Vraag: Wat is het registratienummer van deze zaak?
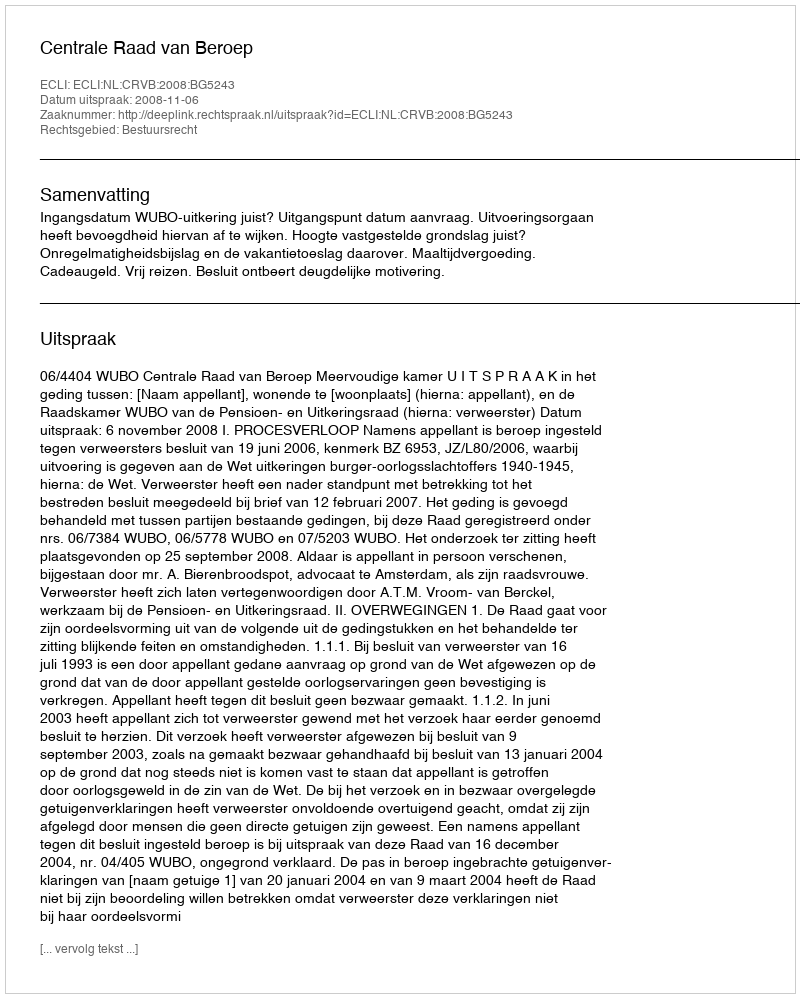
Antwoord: http://deeplink.rechtspraak.nl/uitspraak?id=ECLI:NL:CRVB:2008:BG5243